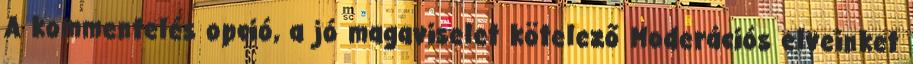
A kommentelés opció, a jó magaviselet kötelező Moderációs elveinket